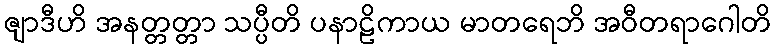
ဇျာဒီဟိ အနတ္တတ္တာ သပ္ပီတိ ပနာဠိကာယ မာတရေဘိ အဝီတရာဂေါတိ